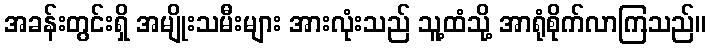
အခန်းတွင်းရှိ အမျိုးသမီးများ အားလုံးသည် သူ့ထံသို့ အာရုံစိုက်လာကြသည်။